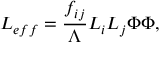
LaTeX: { \cal L } _ { e f f } = { \frac { f _ { i j } } { \Lambda } } L _ { i } L _ { j } \Phi \Phi ,